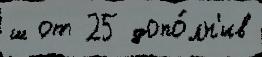
ш от 25 допо́лн'ив